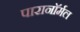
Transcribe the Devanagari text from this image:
पारानाॅर्मल